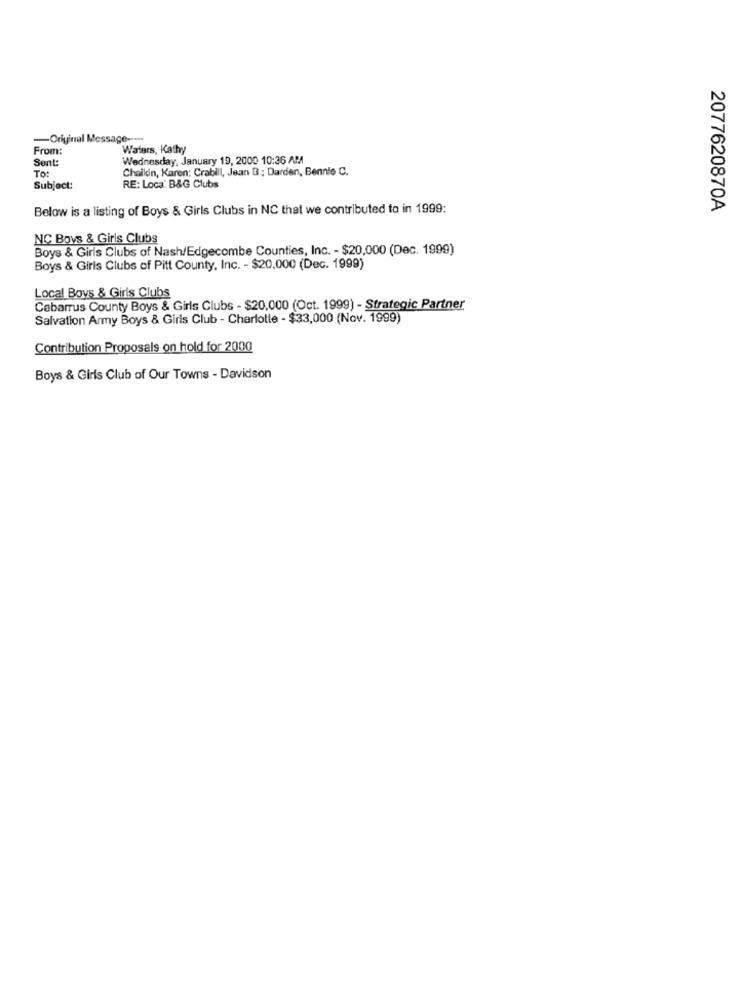
-Original Message --...
From:
Waters, Kathy
Sent:
Wednesday, January 19, 2000 10:36 AM
TO:
Chaikin, Karen: Crabill, Jean B .; Darden, Bennie C.
Subject:
RE: Loca: B&G Clubs
Below is a listing of Boys & Girls Clubs in NC that we contributed to in 1999:
2077620870A
NC Boys & Girls Clubs
Boys & Girls Clubs of Nash/Edgecombe Counties, Inc. - $20,000 (Dec. 1999)
Boys & Girls Clubs of Pitt County, Inc. - $20,000 (Dec. 1999)
Local Boys & Girls Clubs
Cabarrus County Boys & Girls Clubs - $20,000 (Oct. 1999) - Strategic Partner
Salvation Army Boys & Girls Club - Charlotte - $33,000 (Nov. 1999)
Contribution Proposals on hold for 2000
Boys & Girls Club of Our Towns - Davidson